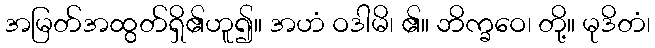
အမြတ်အထွတ်ရှိ၏ဟူ၍။ အဟံ ဝဒါမိ၊ ၏။ ဘိက္ခဝေ၊ တို့။ မုဒိတံ၊